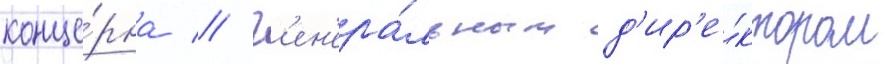
конце́рна // Г'ен'ера́льным д'ир'е́ктором